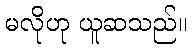
မလိုဟု ယူဆသည်။